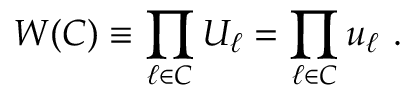
W ( C ) \equiv \prod _ { \ell \in C } U _ { \ell } = \prod _ { \ell \in C } u _ { \ell } ~ .